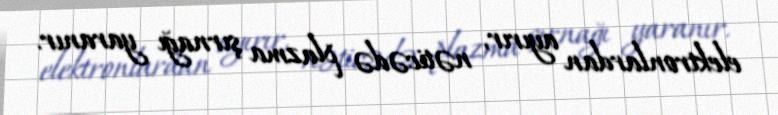
elektronlardan ayırır, nəticədə plazma şırnağı yaranır.